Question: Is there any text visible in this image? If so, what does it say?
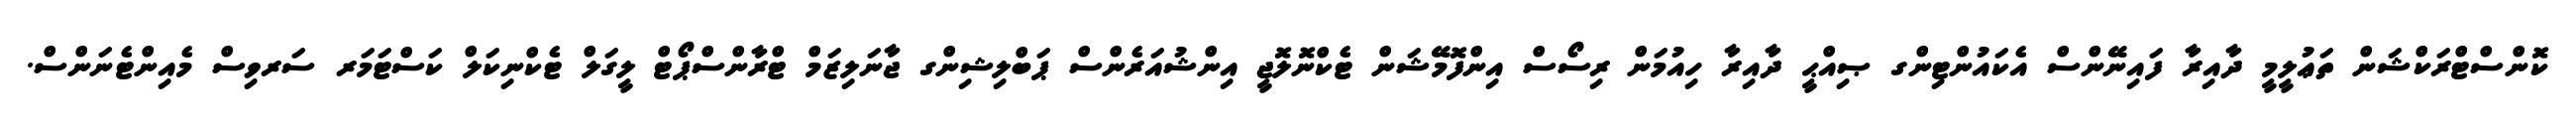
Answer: ކޮންސްޓްރަކްޝަން ތަޢުލީމީ ދާއިރާ ފައިނޭންސް އެކައުންޓިންގ ޞިއްޙީ ދާއިރާ ހިއުމަން ރިސޯސް އިންފޮމޭޝަން ޓެކްނޮލޮޖީ އިންޝުއަރެންސް ޕަބްލިޝިންގ ޖާނަލިޒަމް ޓްރާންސްޕޯޓް ލީގަލް ޓެކްނިކަލް ކަސްޓަމަރ ސަރވިސް މެއިންޓެނަންސް.